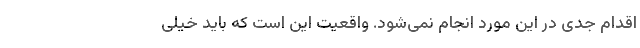
اقدام جدی در این مورد انجام نمی‌شود. واقعیت این است که باید خیلی